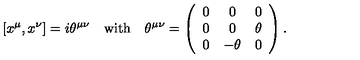
[ x ^ { \mu } , x ^ { \nu } ] = i \theta ^ { \mu \nu } \quad \mathrm { w i t h } \quad \theta ^ { \mu \nu } = \left( \begin{array} { c c c } { 0 } & { 0 } & { 0 } \\ { 0 } & { 0 } & { \theta } \\ { 0 } & { - \theta } & { 0 } \\ \end{array} \right) .